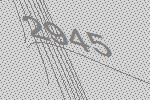
2945